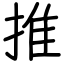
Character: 推